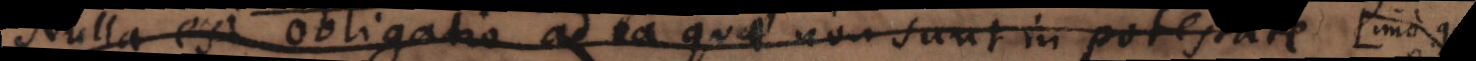
Nulla est obligatio ad ea quae non sunt in potestate. im